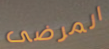
المرضى